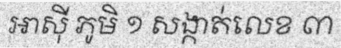
អាស៊ី ភូមិ ១ សង្កាត់លេខ ៣